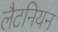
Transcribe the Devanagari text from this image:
लैटनियन